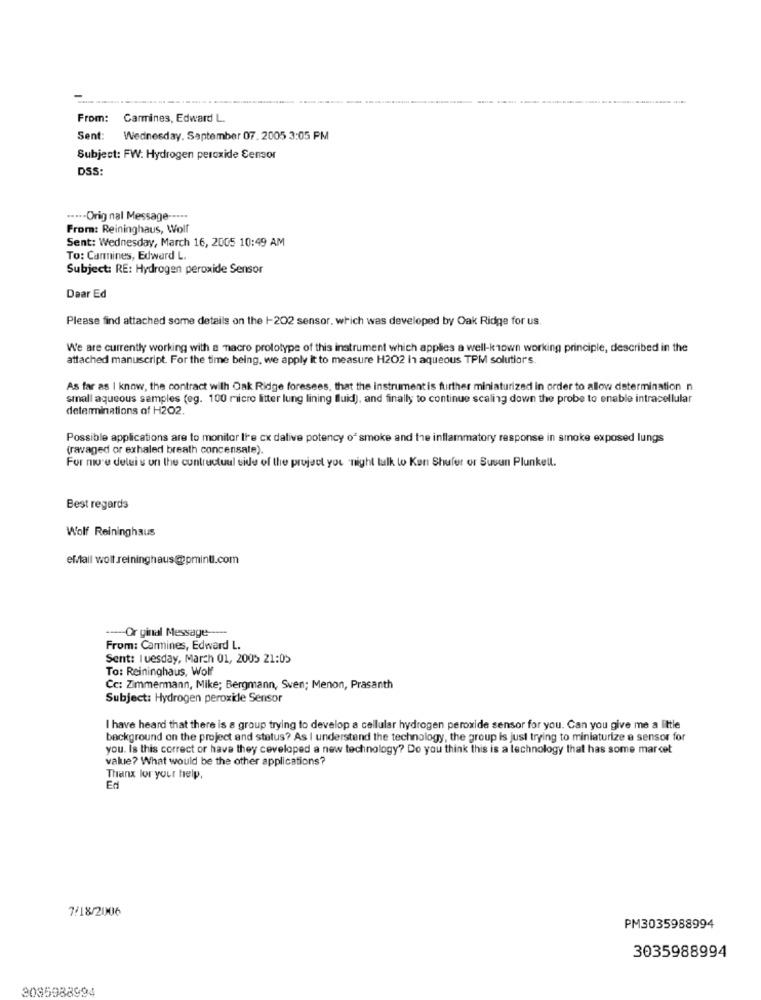
From:
Carmines, Edward L.
Sent:
Wednesday, September 07. 2005 3:05 PM
Subject: FW: Hydrogen peroxide Sensor
DSS:
····- Orig nal Message --...
From: Reininghaus, Wolf
Sent: Wednesday, March 16, 2005 10:49 AM
To: Carmines, Edward L.
Subject: RE: Hydrogen peroxide Sensor
Daar Ed
Please find attached some details on the I-202 sensor, which was developed by Oak Ridge for us.
We are currently working with a macro prototype of this instrument which applies a well-known working principle, described in the
attached manuscript. For the time being, we apply it to measure H2O2 in aqueous TPM solutior's.
As far as I know, the contract with Oak Ridge foresees, that the instrumentis further miniaturized in order to allow determination n
small aqueous samples (eg. 100 micro litter lung lining fluid), and finally to continue scaling down the probe to enable intracellular
determinations of H2O2.
Possible applications are to monitor Ire cx dative potency of smoke and the inflammatory response in smoke exposed lungs
(ravaged or exhaled breath concensate).
For more delei s on the contractual side of the project you 'night talk to Ken Shufer or Susan Plunkell.
Best regards
Wolf Reininghaus
eMail wolf reininghaus@pminti.com
-- Or ginal Message -----
From: Carmines, Edward L.
Sent: Tuesday, March 01, 2005 21:05
To: Reininghaus, Wolf
Cc: Zimmermann, Mike; Bergmann, Sven; Menon, Prasanth
Subject: Hydrogen peroxide Sensor
I have heard that there is a group trying to develop a cellular hydrogen peroxide sensor for you. Can you give me a little
background on the project and status? As I understand the technology, the group Is just trying to miniaturize e sensor for
you. Is this correct or have they ceveloped a new technology? Do you think this is a technology that has some marcet
value? What would be the other applications?
Thanx lor your help.
Ed
7/18/2006
PM3035988994
3035988994
2085988994